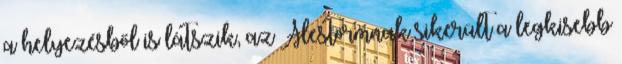
a helyezésből is látszik, az Alestormnak sikerült a legkisebb